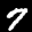
Label: 7